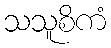
သသူစိကံ